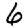
Digit: 6